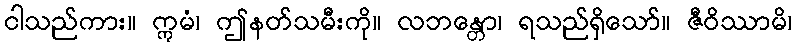
ငါသည်ကား။ ဣမံ၊ ဤနတ်သမီးကို။ လဘန္တော၊ ရသည်ရှိသော်။ ဇီဝိဿာမိ၊